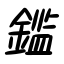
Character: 鑑